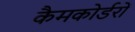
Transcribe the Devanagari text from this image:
कैमकोर्डरों